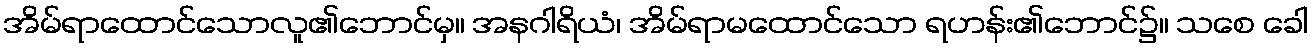
အိမ်ရာထောင်သောလူ၏ဘောင်မှ။ အနဂါရိယံ၊ အိမ်ရာမထောင်သော ရဟန်း၏ဘောင်၌။ သစေ ခေါ